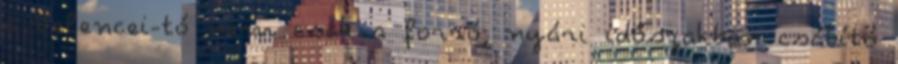
a Velencei-tó nem csak a forró, nyári időszakban csábító